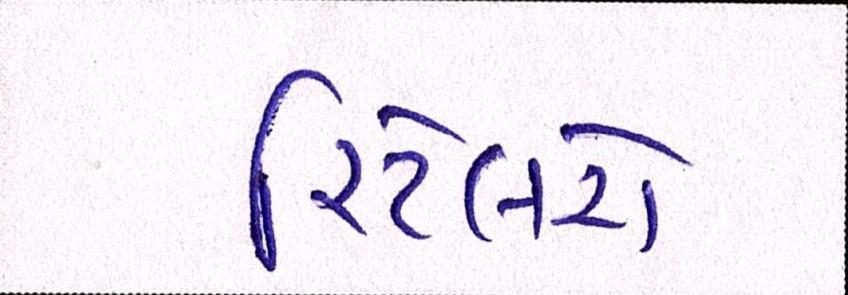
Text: રિટેલરો